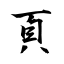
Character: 頁